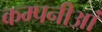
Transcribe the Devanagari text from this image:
कम्पनीआं